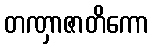
တဏှာဇာတိကော